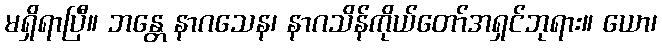
မရှိရာပြီ။ ဘန္တေ နာဂသေန၊ နာဂသိန်ကိုယ်တော်အရှင်ဘုရား။ ယော၊